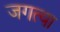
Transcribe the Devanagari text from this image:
जगत्या